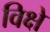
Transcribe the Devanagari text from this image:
विक्षे